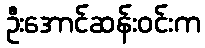
ဦးအောင်ဆန်းဝင်းက